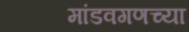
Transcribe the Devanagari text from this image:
मांडवगणच्या